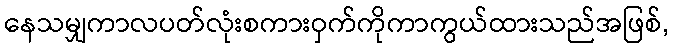
နေသမျှကာလပတ်လုံးစကားဝှက်ကိုကာကွယ်ထားသည်အဖြစ်,